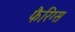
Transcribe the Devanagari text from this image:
फैरिंग्स